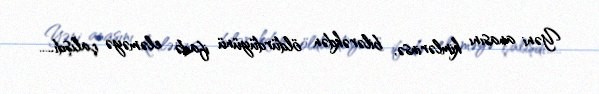
Yəni anasını kimlərinsə, bilərəkdən öldürdüyünü ifadə eləməyə çalışdı.....